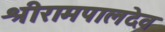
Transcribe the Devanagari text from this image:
श्रीरामपालदेव